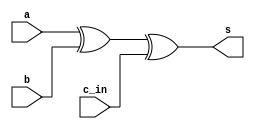
module one_bit_add(a, b, c_in, s);
    input a, b, c_in;
    output s;
    
    xor sum(s, a, b, c_in);
endmodule